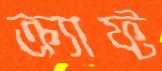
ক্র্যাফ্ট